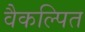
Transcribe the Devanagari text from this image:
वैकल्पित